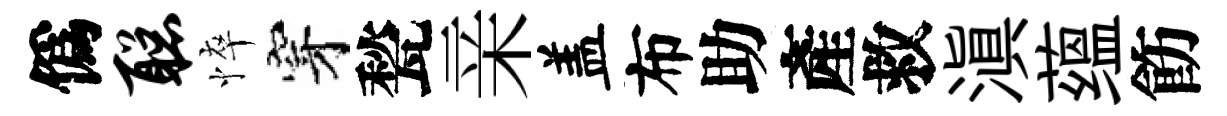
僞聪悴穿甃亲盖布助產救滇蕴飭